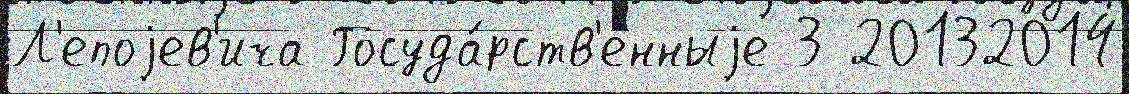
Л'епоjев'ича Госуда́рств'енныjе 3 20132014